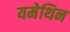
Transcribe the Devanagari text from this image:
यमेथिन